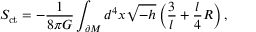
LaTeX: S _ { \mathrm { c t } } = - \frac { 1 } { 8 \pi G } \int _ { \partial \cal M } d ^ { 4 } x \sqrt { - h } \left( \frac { 3 } { l } + \frac { l } { 4 } R \right) ,